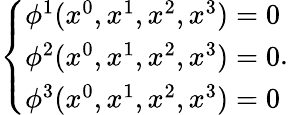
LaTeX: \left\{ \begin{array}{c}{{\phi^{1}(x^{0},x^{1},x^{2},x^{3})=0}}\\ {{\phi^{2}(x^{0},x^{1},x^{2},x^{3})=0}}\\ {{\phi^{3}(x^{0},x^{1},x^{2},x^{3})=0}}\end{array}\right..